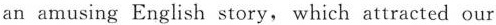
an amusing English story, which attracted our